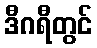
ဒီဂရီတွင်